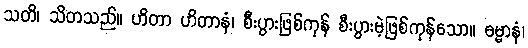
သတိ၊ သိတသည်။ ဟိတာ ဟိတာနံ၊ စီးပွားဖြစ်ကုန် စီးပွားမဲ့ဖြစ်ကုန်သော။ ဓမ္မာနံ၊